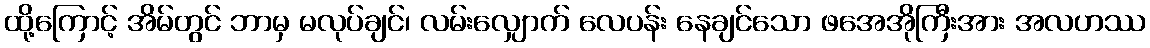
ထို့ကြောင့် အိမ်တွင် ဘာမှ မလုပ်ချင်၊ လမ်းလျှောက် လေပန်း နေချင်သော ဖအေအိုကြီးအား အလဟဿ